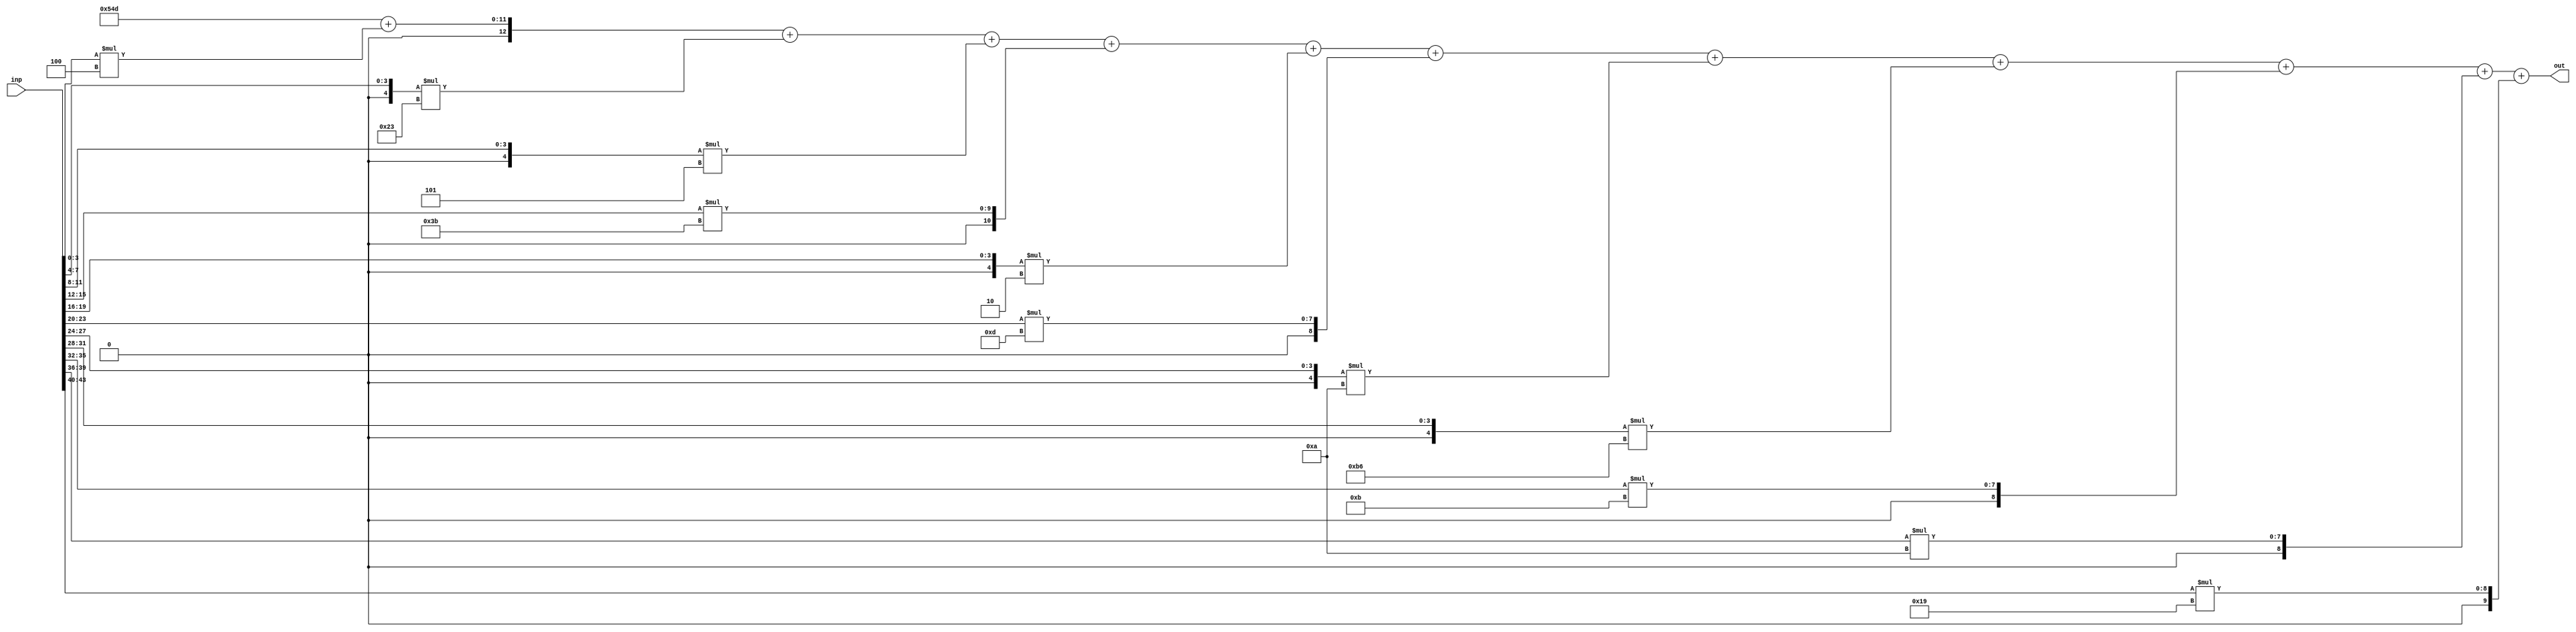
//weights: [[4, -29, -3, 59, -2, 13, -6, -74, 11, 10, 25]]
//intercepts: [1357]
//act size: [4, 13]
//pred num: 1
module top (inp, out);
input [43:0] inp;
output [12:0] out;

// classifier: 0
    wire signed [11:0] n_0_0_po_0;
    //weight 4: 8'sb00000100
    assign n_0_0_po_0 = $signed({1'b0, inp[3:0]}) * 8'sb00000100;

    wire signed [11:0] n_0_0_po_1;
    //weight -29: 8'sb11100011
    assign n_0_0_po_1 = $signed({1'b0, inp[7:4]}) * 8'sb11100011;

    wire signed [11:0] n_0_0_po_2;
    //weight -3: 8'sb11111101
    assign n_0_0_po_2 = $signed({1'b0, inp[11:8]}) * 8'sb11111101;

    wire signed [11:0] n_0_0_po_3;
    //weight 59: 8'sb00111011
    assign n_0_0_po_3 = $signed({1'b0, inp[15:12]}) * 8'sb00111011;

    wire signed [11:0] n_0_0_po_4;
    //weight -2: 8'sb11111110
    assign n_0_0_po_4 = $signed({1'b0, inp[19:16]}) * 8'sb11111110;

    wire signed [11:0] n_0_0_po_5;
    //weight 13: 8'sb00001101
    assign n_0_0_po_5 = $signed({1'b0, inp[23:20]}) * 8'sb00001101;

    wire signed [11:0] n_0_0_po_6;
    //weight -6: 8'sb11111010
    assign n_0_0_po_6 = $signed({1'b0, inp[27:24]}) * 8'sb11111010;

    wire signed [11:0] n_0_0_po_7;
    //weight -74: 8'sb10110110
    assign n_0_0_po_7 = $signed({1'b0, inp[31:28]}) * 8'sb10110110;

    wire signed [11:0] n_0_0_po_8;
    //weight 11: 8'sb00001011
    assign n_0_0_po_8 = $signed({1'b0, inp[35:32]}) * 8'sb00001011;

    wire signed [11:0] n_0_0_po_9;
    //weight 10: 8'sb00001010
    assign n_0_0_po_9 = $signed({1'b0, inp[39:36]}) * 8'sb00001010;

    wire signed [11:0] n_0_0_po_10;
    //weight 25: 8'sb00011001
    assign n_0_0_po_10 = $signed({1'b0, inp[43:40]}) * 8'sb00011001;

    wire signed [12:0] n_0_0;
    assign n_0_0 = 1357 + n_0_0_po_0 + n_0_0_po_1 + n_0_0_po_2 + n_0_0_po_3 + n_0_0_po_4 + n_0_0_po_5 + n_0_0_po_6 + n_0_0_po_7 + n_0_0_po_8 + n_0_0_po_9 + n_0_0_po_10;

    assign out = {n_0_0};

endmodule